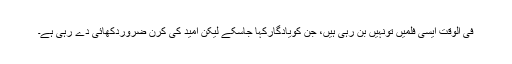
فی الوقت ایسی فلمیں تونہیں بن رہی ہیں، جن کویادگارکہا جاسکے لیکن امید کی کرن ضروردکھائی دے رہی ہے۔